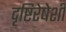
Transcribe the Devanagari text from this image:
दृष्टिरेषेशी